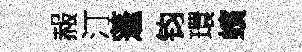
赧汀蓬钧環蠙